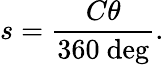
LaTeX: s={\frac{C\theta}{360\ {\mathrm{deg}}}}.